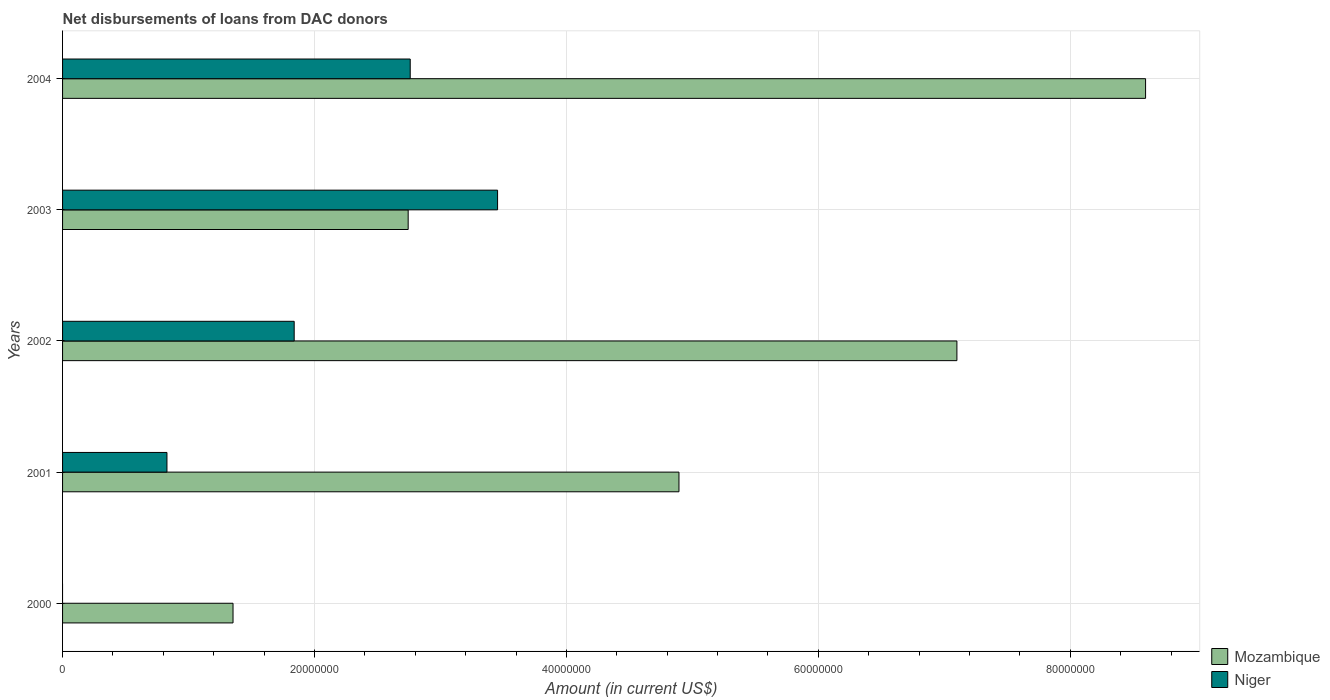
| Years | Mozambique | Niger |
 | --- | --- | --- |
 | 2000 | 1.35e+07 | -3.71e+05 |
 | 2001 | 4.89e+07 | 8.29e+06 |
 | 2002 | 7.1e+07 | 1.84e+07 |
 | 2003 | 2.74e+07 | 3.45e+07 |
 | 2004 | 8.6e+07 | 2.76e+07 |